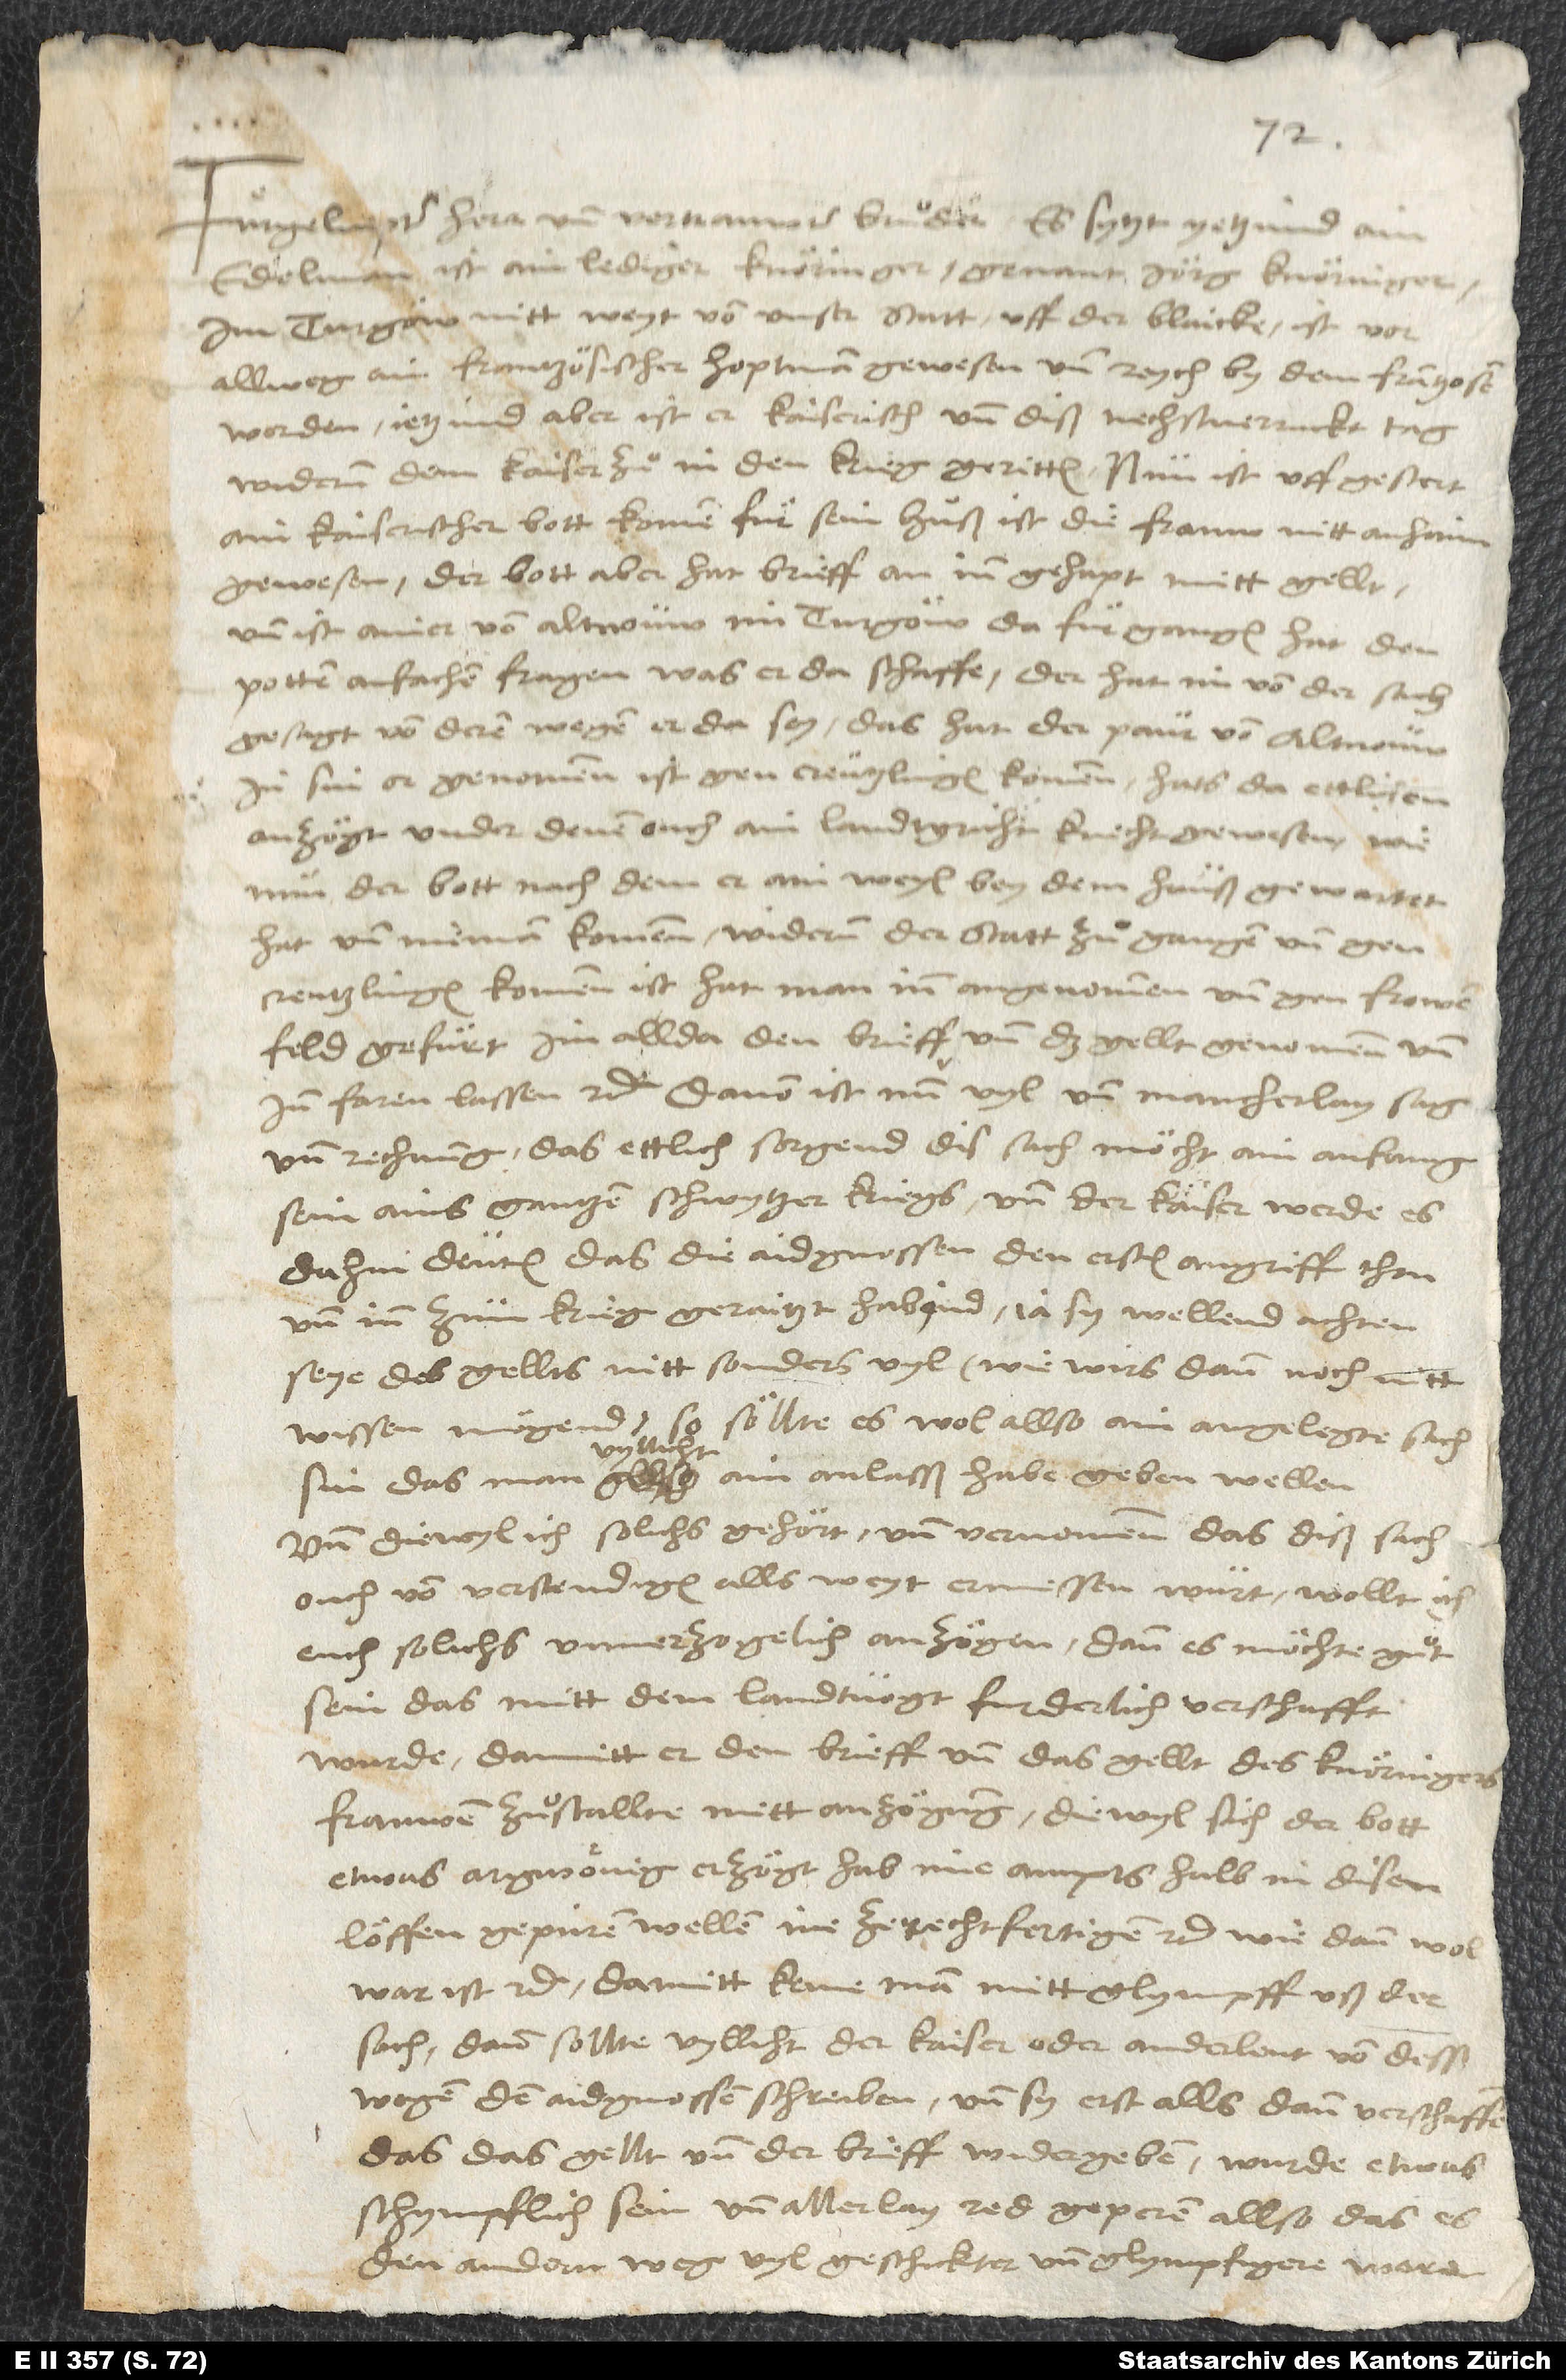
edelman, ist ain lediger Knöringer, genant Jörg Knöringer
im Turgöw, nitt weyt von unser statt uff der Blaicke; ist vor
allweg ain frantzösischer hoptman gewesen und rych by dem Frantzosen
worden. Yetzund aber ist er kaiserisch und diß nechstverruckt tag
widerum dem kaiser zuͦ in den krieg geritten. Nun ist uff gestert
ain kaiserischer bott komen für sein huß; ist die frauw nitt anhaim
gewesen. Der bott aber hat brieff an inn gehapt mitt gellt,
und ist ainer von Altnouw im Turgöw da fürgangen, hat den
potten anfachen fragen, was er da schaffe; der hat im von der sach
gesagt, von deren wegen er da sey. Das hat der paur von Altnouw
in sin or genommen, ist gen Creutzlingen kommen, hats da ettlichen
anzögt, under denen ouch ain landtgricht knecht gewesen. Wie
nun der bott, nach dem er ain weyl bey dem hauß gewartet
hat und nieman kommen, widerum der statt zuͦ gangen und gen
Creutzlingen kommen ist, hat man inn angenommen und gen Frowenfeld
gefüret, im allda den brieff und das gellt genommen und
inn faren lassen etc. Davon ist nun vyl und mancherlay sag
und rechnung, das ettlich sorgend, dis sach möcht ain anfang
sein ains gantzen Schwytzerkriegs und der kaiser werde es
dahin deuten, das die aidgnossen den ersten angriff thon
und inn zum krieg geraitzt habind; ja sy wellend achten,
seye des gellts nitt sonders vyl (wie wirs dann noch nitt
so söllte es wol allso ain angelegte sach
sin, das man vyllicht ain anlasß habe geben wellen.
Und diewyl ich solichs gehört und vernommen, das diß sach
ouch von verstendigen alls weyt ermessen wurt, wollt ich
euch solichs unverzogelich anzögen, dann es möchte guͦt
sein, das mitt dem landtvogt furderlich verschafft
wurde, damitt er den brieff und das gellt des Knöringers
frauwen zuͦstallte mitt anzögung, diewyl sich der bott
etwas argwönig erzögt, hab ime ampts halb in disen
löffen gepüren wellen, ine ze rechtfertigen etc., wie dann wol
war ist etc. Darmitt keme man mitt glympff uß der
sach; dann sollte vyllicht der kaiser oder ander leut von desßwegen
den aidgnossen schreiben und sy erst allsdann verschaffen,
das das gellt und der brieff widergeben, wurde etwas
schympflich sein und allerlay red geperen, allso das es
den andern weg vyl geschickter und glympfigere were.